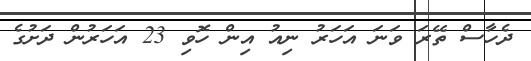
ދެހާސް ތޭރަ ވަނަ އަހަރު ނިއު އިން ހޮވި 23 އަހަރުން ދަށުގެ